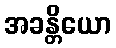
အခန္တိယော